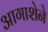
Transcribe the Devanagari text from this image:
आगाशेने